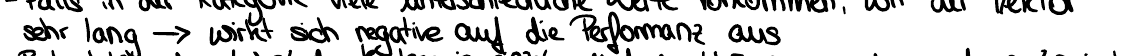
sehr lang -> wirkt sich negative auf die Performanz aus